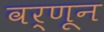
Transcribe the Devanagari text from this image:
वर्णून